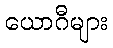
ယောဂီများ